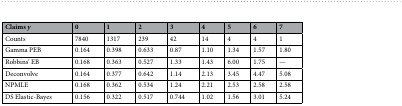
<table><thead><tr><td><b>Claims <i>y</i></b></td><td><b>0</b></td><td><b>1</b></td><td><b>2</b></td><td><b>3</b></td><td><b>4</b></td><td><b>5</b></td><td><b>6</b></td><td><b>7</b></td></tr></thead><tbody><tr><td>Counts</td><td>7840</td><td>1317</td><td>239</td><td>42</td><td>14</td><td>4</td><td>4</td><td>1</td></tr><tr><td>Gamma PEB</td><td>0.164</td><td>0.398</td><td>0.633</td><td>0.87</td><td>1.10</td><td>1.34</td><td>1.57</td><td>1.80</td></tr><tr><td>Robbins’ EB</td><td>0.168</td><td>0.363</td><td>0.527</td><td>1.33</td><td>1.43</td><td>6.00</td><td>1.75</td><td>—</td></tr><tr><td>Deconvolve</td><td>0.164</td><td>0.377</td><td>0.642</td><td>1.14</td><td>2.13</td><td>3.45</td><td>4.47</td><td>5.08</td></tr><tr><td>NPMLE</td><td>0.168</td><td>0.362</td><td>0.534</td><td>1.24</td><td>2.21</td><td>2.53</td><td>2.58</td><td>2.58</td></tr><tr><td>DS Elastic-Bayes</td><td>0.156</td><td>0.322</td><td>0.517</td><td>0.744</td><td>1.02</td><td>1.56</td><td>3.01</td><td>5.24</td></tr></tbody></table>